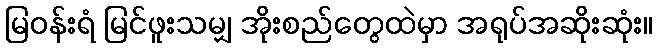
မြဝန်းရံ မြင်ဖူးသမျှ အိုးစည်တွေထဲမှာ အရုပ်အဆိုးဆုံး။